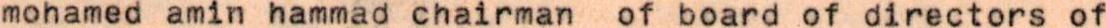
mohamed amin hammad chairman  of board of directors of